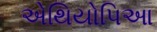
એથિયોપિઆ